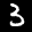
Label: 3